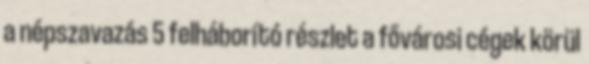
a népszavazás 5 felháborító részlet a fővárosi cégek körül